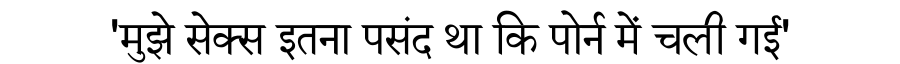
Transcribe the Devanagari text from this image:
'मुझे सेक्स इतना पसंद था कि पोर्न में चली गई'